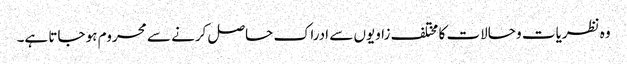
وہ نظریات و حالات کا مختلف زاویوں سے ادراک حاصل کرنے سے محروم ہو جاتا ہے۔